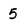
Character: 5